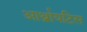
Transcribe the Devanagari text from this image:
आर्थ्रायटिस